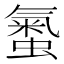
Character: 𧏨